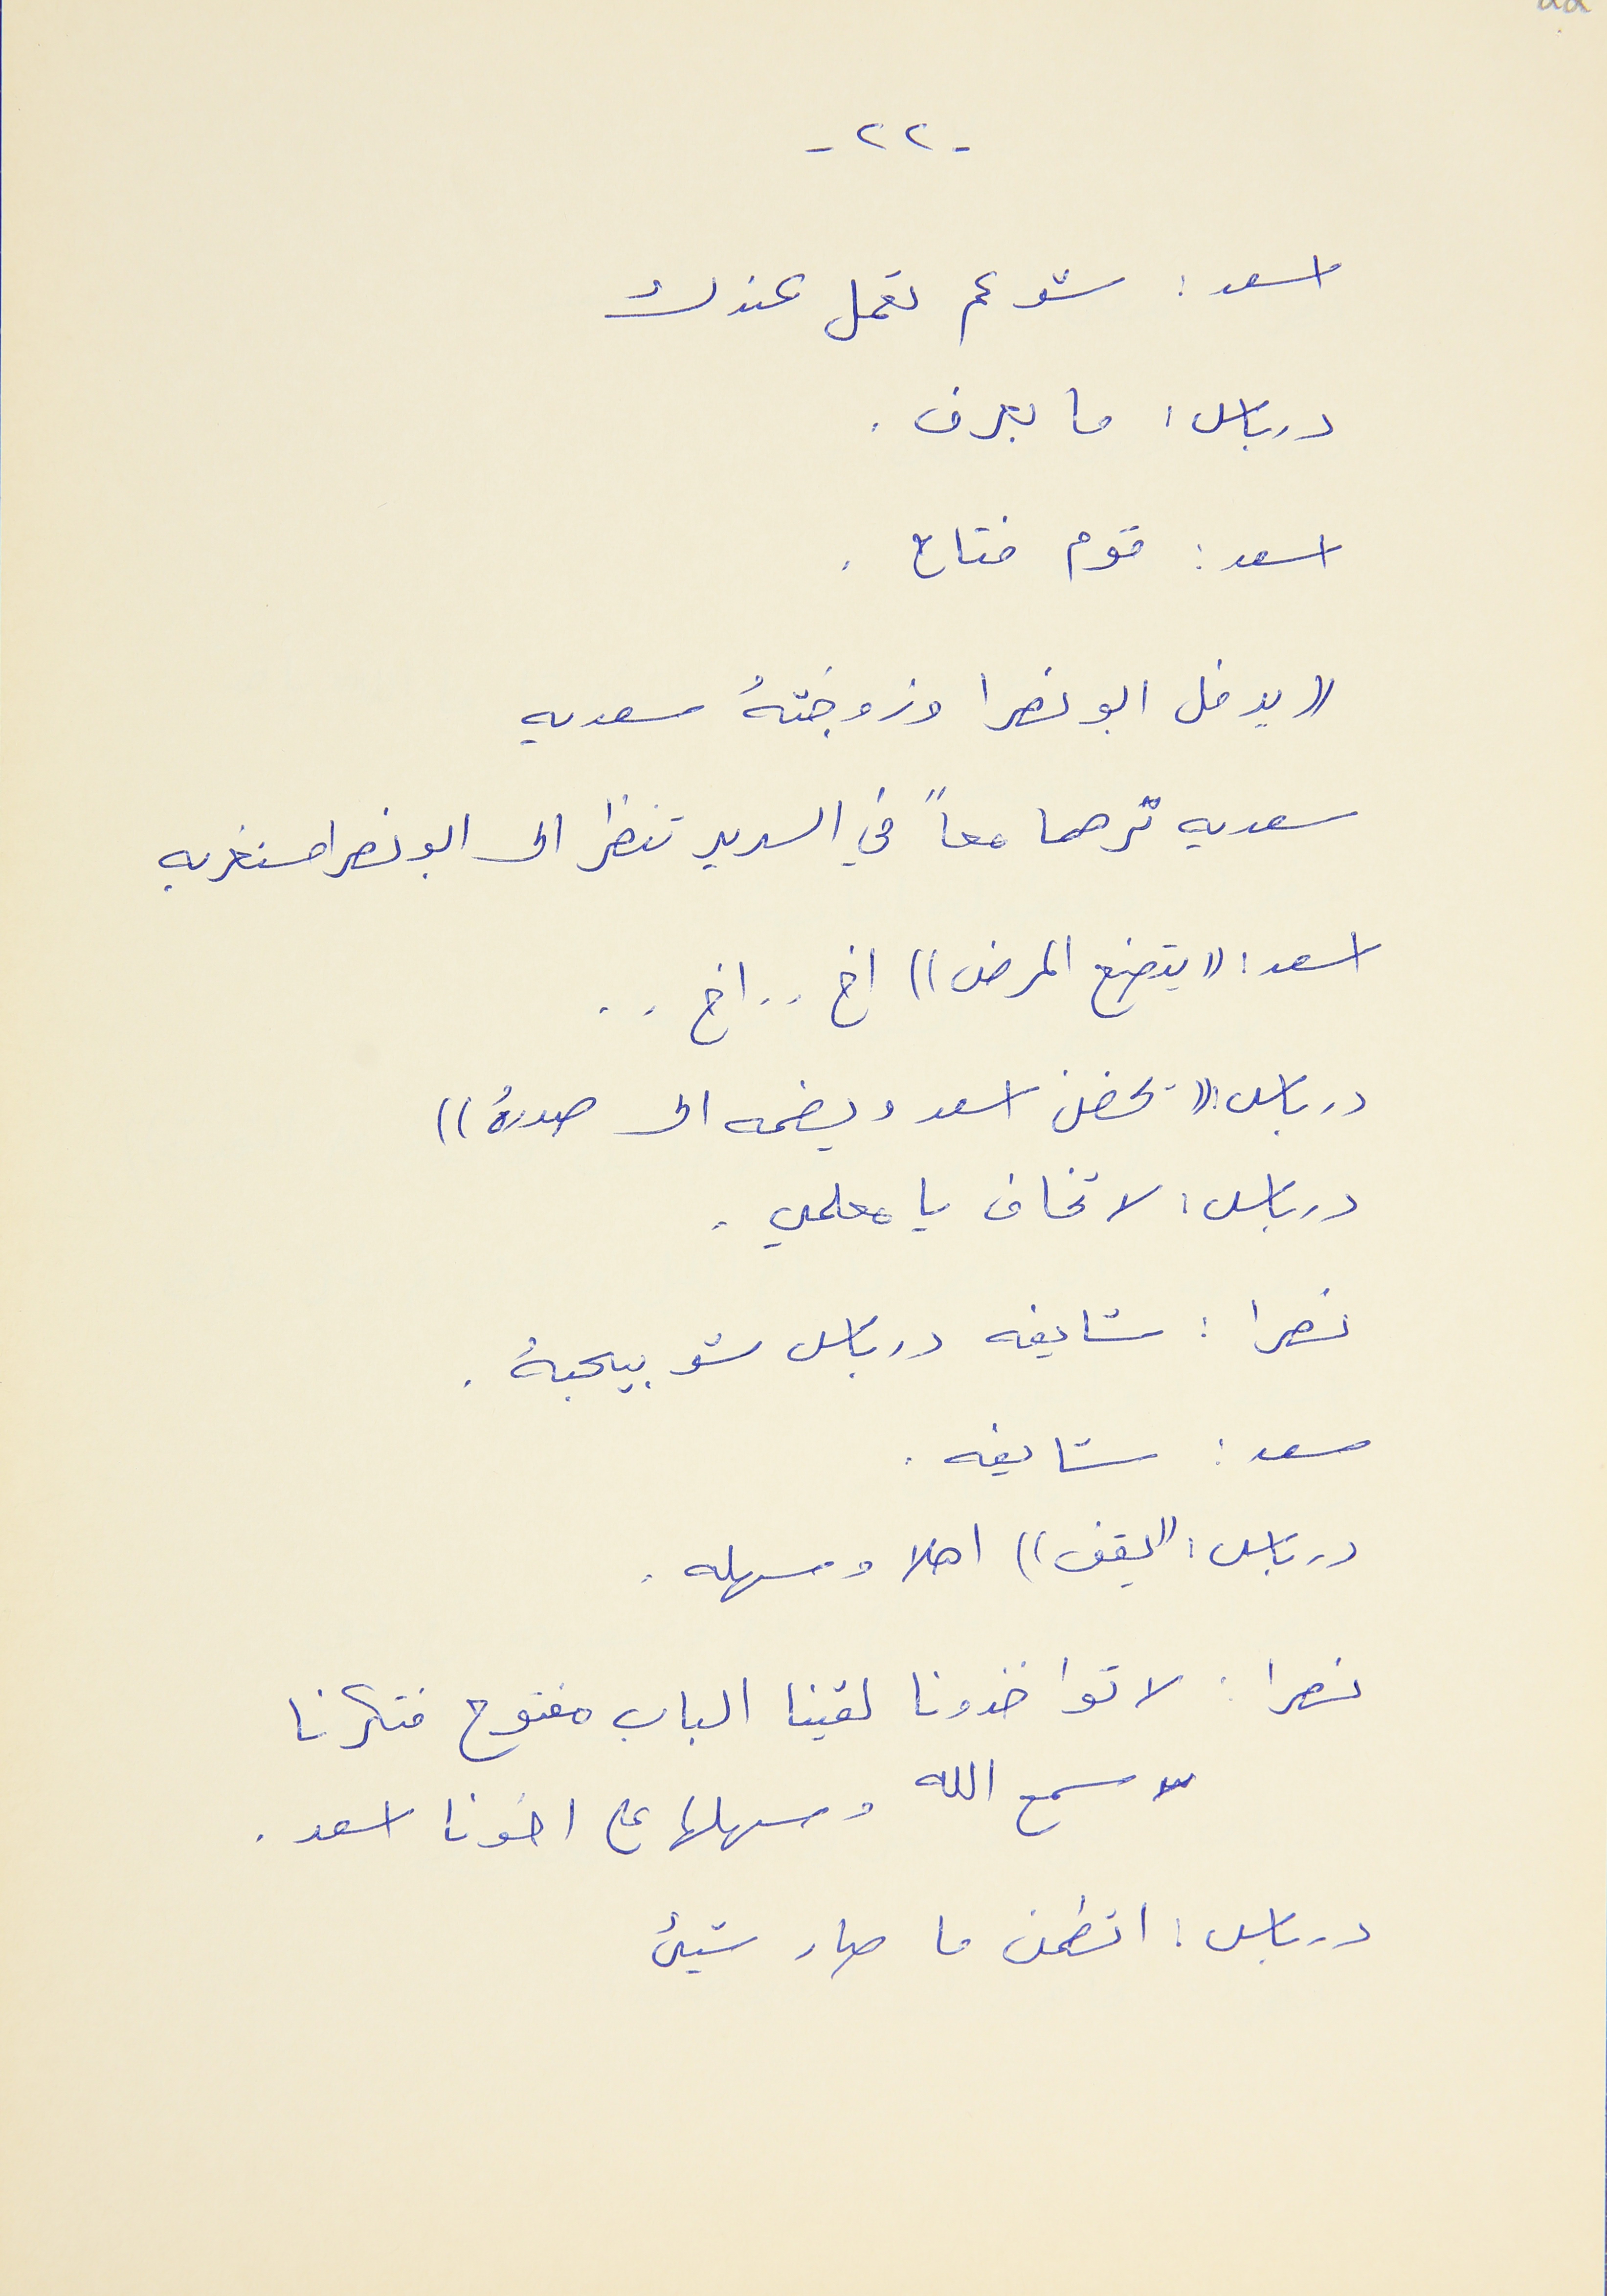
- ٢٢ -
اسعد : شو عم تعمل عندك
درباس : ما بعرف .
اسعد : قوم فتاح .
(( يدخل ابو نصرا وزوجتهُ سعديه
سعديه  ترهما معاً في السرير تنظر الى ابو نصرا مستغربه
اسعد : (( يتصنع المرض )) اخ . . اخ . .
درباس : (( يحضن اسعد ويضمه الى صدرهُ ))
درباس : لا تخاف يا معلمي .
نصرا : شايفه درباس شو بيحبهُ .
سعد : شايفه .
درباس : ((يقف)) اهلا وسهله .
نصرا : لا تواخذونا لقينا الباب مفتوح فتكرنا
لا سمح الله وسهلها على اخونا اسعد .
درباس : اتطمن ما صار شيىء